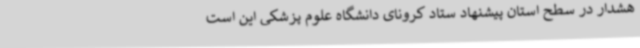
هشدار در سطح استان پیشنهاد ستاد کرونای دانشگاه علوم پزشکی این است